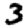
Digit: 3